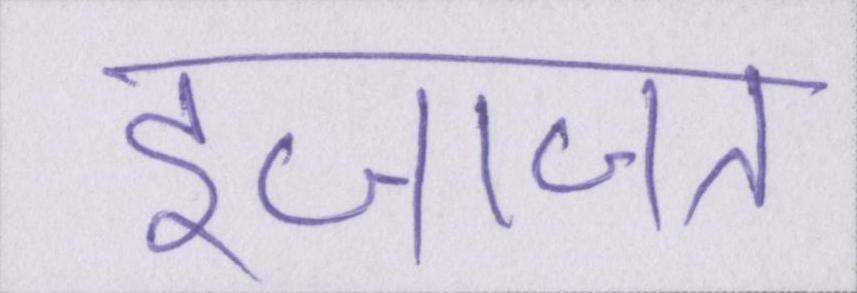
इजाजत